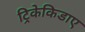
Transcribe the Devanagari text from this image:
ट्रिकेकिडाए